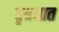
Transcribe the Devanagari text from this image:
वृत्रघात